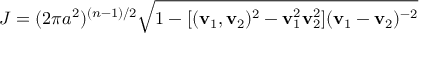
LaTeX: J = ( 2 \pi a ^ { 2 } ) ^ { ( n - 1 ) / 2 } \sqrt { 1 - [ ( { \bf v } _ { 1 } , { \bf v } _ { 2 } ) ^ { 2 } - { \bf v } _ { 1 } ^ { 2 } { \bf v } _ { 2 } ^ { 2 } ] ( { \bf v } _ { 1 } - { \bf v } _ { 2 } ) ^ { - 2 } }